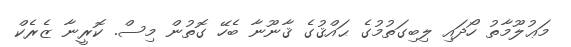
މަޢުލޫމާތު ހޯދައި ލިބިގަތުމުގެ ޙައްޤުގެ ޤާނޫނާ ބެހޭ ގޮތުން މިސް. ކޮރީނާ ޒެރެކް